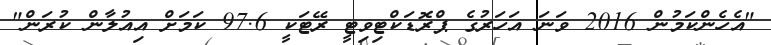
"އެހެންކަމުން 2016 ވަނަ އަހަރުގެ ޕްރޮޑަކްޓިވިޓީ ރޭޓަކީ 97.6 ކަމަށް އިއުލާން ކުރަން"